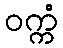
ဝက္ကံ